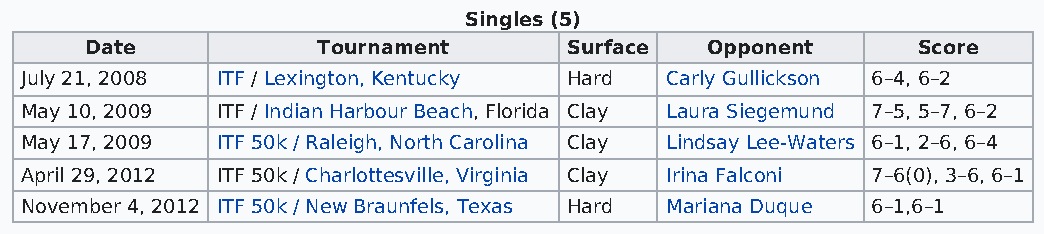
Singles (5)
 Date           Tournament       Surface  Opponent      Score
 July 21, 2008 ITF / Lexington, Kentucky Hard Carly Gullickson 6–4, 6–2
 May 10, 2009 ITF / Indian Harbour Beach, Florida Clay Laura Siegemund 7–5, 5–7, 6–2
 May 17, 2009 ITF 50k / Raleigh, North Carolina Clay Lindsay Lee-Waters 6–1, 2–6, 6–4
 April 29, 2012 ITF 50k / Charlottesville, Virginia Clay Irina Falconi 7–6(0), 3–6, 6–1
 November 4, 2012 ITF 50k / New Braunfels, Texas Hard Mariana Duque 6–1,6–1